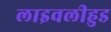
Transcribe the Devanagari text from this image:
लाइवलीहुड